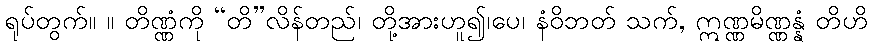
ရုပ်တွက်။ ။ တိဏ္ဏံကို “တိ”လိန်တည်၊ တို့အားဟူ၍၊ပေ၊ နံဝိဘတ် သက်, ဣဏ္ဏမိဏ္ဏန္နံ တိဟိ